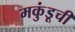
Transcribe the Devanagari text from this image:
मकुंडूची